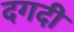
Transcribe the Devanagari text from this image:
दगदी